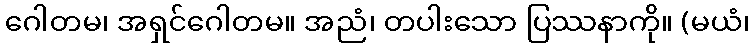
ဂေါတမ၊ အရှင်ဂေါတမ။ အညံ၊ တပါးသော ပြဿနာကို။ (မယံ၊